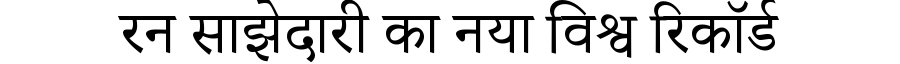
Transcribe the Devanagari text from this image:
रन साझेदारी का नया विश्व रिकॉर्ड